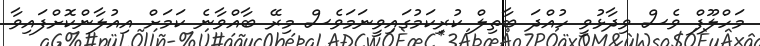
މަހްލޫފް ވެސް ވިދާޅުވީ ހުއްދަ ބާތިލް ކުރިކަމުގައިވީނަމަވެސް މިރޭ ބާއްވާނެ ކަމަށް އިއުލާންކޮށްފައިވާ